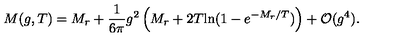
M ( g , T ) = M _ { r } + \frac { 1 } { 6 \pi } g ^ { 2 } \left( M _ { r } + 2 T \mathrm { l n } ( 1 - e ^ { - M _ { r } / T } ) \right) + { \cal O } ( g ^ { 4 } ) .